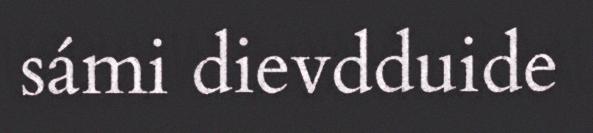
sámi dievdduide